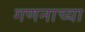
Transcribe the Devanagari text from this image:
गणनाच्या